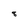
Character: 8